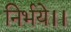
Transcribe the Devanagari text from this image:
निर्भये।।